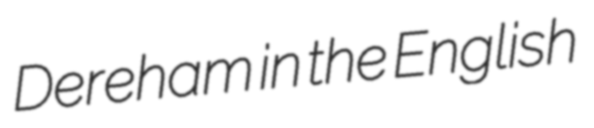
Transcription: Dereham in the English